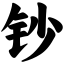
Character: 钞